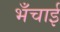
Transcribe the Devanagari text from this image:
भँचाई